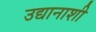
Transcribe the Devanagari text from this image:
उद्यानाशी